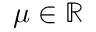
\mu \in \mathbb { R }